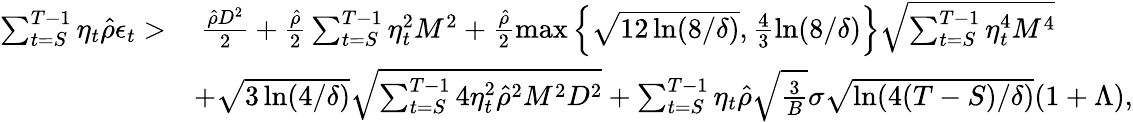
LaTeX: \begin{array}{rl}{\sum_{t=S}^{T-1}\eta_{t}\hat{\rho}\epsilon_{t}>}&{~\frac{\hat{\rho}D^{2}}{2}+\frac{\hat{\rho}}{2}\sum_{t=S}^{T-1}\eta_{t}^{2}M^{2}+\frac{\hat{\rho}}{2}\operatorname*{max}\left\{ \sqrt{12\ln(8/\delta)},\frac{4}{3}\ln(8/\delta)\right\} \sqrt{\sum_{t=S}^{T-1}\eta_{t}^{4}M^{4}}}\\ &{+\sqrt{3\ln(4/\delta)}\sqrt{\sum_{t=S}^{T-1}4\eta_{t}^{2}\hat{\rho}^{2}M^{2}D^{2}}+\sum_{t=S}^{T-1}\eta_{t}\hat{\rho}\sqrt{\frac{3}{B}}\sigma\sqrt{\ln(4(T-S)/\delta)}(1+\Lambda),}\end{array}